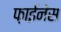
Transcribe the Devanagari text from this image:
फ़ाईनेंस